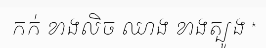
កក់ ខាងលិច ឈាង ខាងត្បូង *